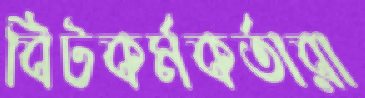
বিটকর্মকর্তারা